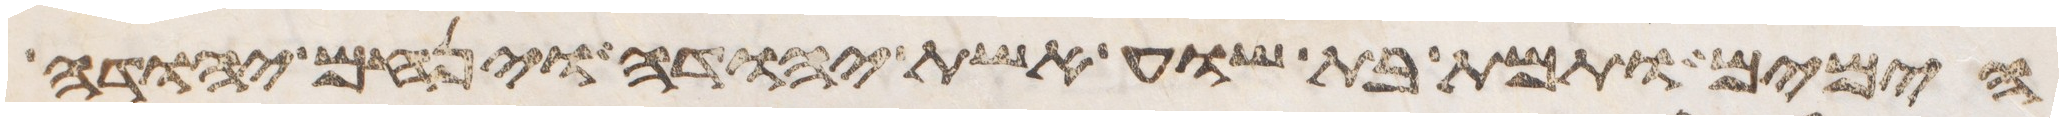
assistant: הימים ותמת בת שוע אשת יהודה וינחם יהודה